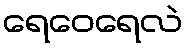
ရေဝေရေလဲ